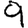
Digit: 9